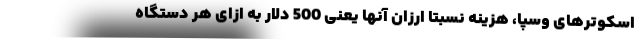
اسکوترهای وسپا، هزینه نسبتا ارزان آنها یعنی 500 دلار به ازای هر دستگاه